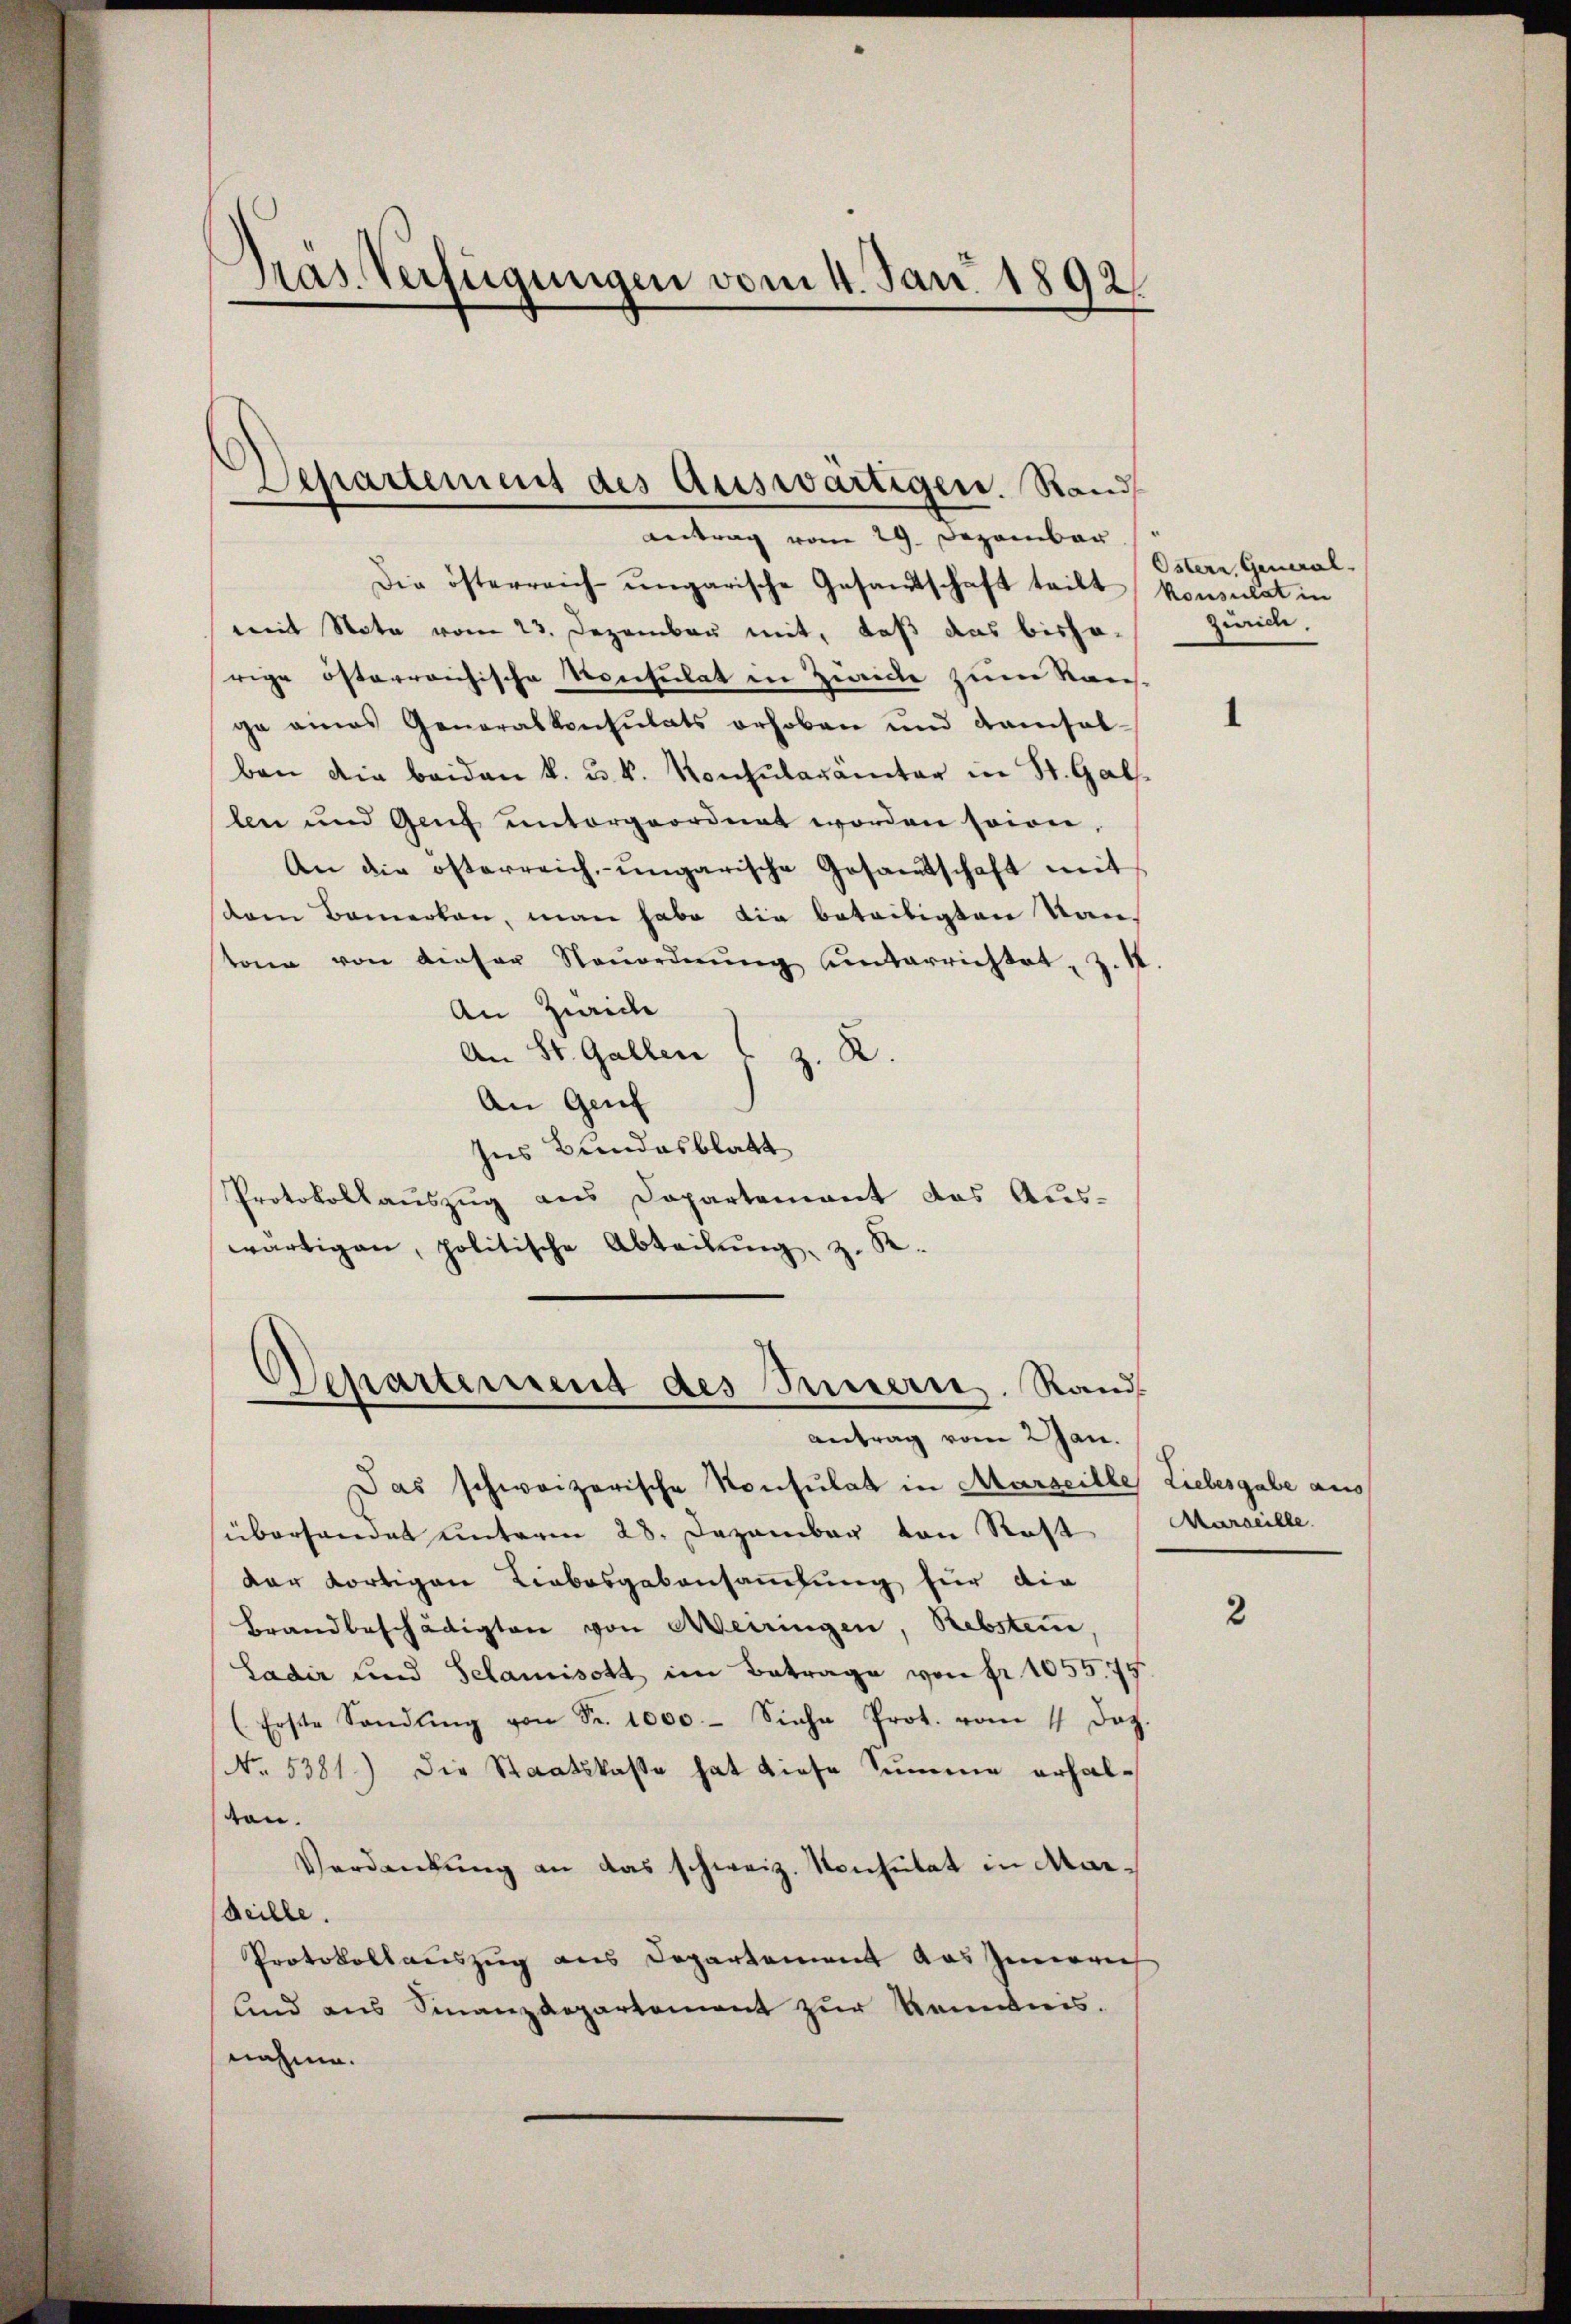
Präs. Verfügungen vom 4. Jan. 1892.

Antrag vom 29. Dezember
Die österreich-ungarische Gesandtschaft teilt, konsulat in
mit Note vom 23. Dezember mit, daß das bishesrige österreichische Konsulat in Zwicke zum Nous-
ge eines Generalkonsulats erhoben und kamsal-
ben die beiden k. u. k. Konsularämter in St. Gal
len und Genf untergeordnet worden soin,
An die österreich-ungarische Gesamtschaft mit
dern Bemerken, man habe die beteiligten Kantone von dieser Neŭordnŭng unterrichtet, z.
An Zürich
An St. Gallen (z. R.
An Genf
Ins Brendesblatt
Protokollauszug aus Dopartement das Auswärtigen, politische Abteilŭng, z. R.

Separtement des Auswärtigen. Rand

Separtement des Innern. Rand
Antrag vom 2 Jan.

Das schweizerische Konsulat in Marseille Liebesgabe aus
überhandet unterm 28. Dezember von Rest
dar dortigen Liebesgabensammlung für die
Brandbeschädigten von Meiringen, Rebsten,
Ladir und Schamisott im Betrage von fr. 1055. 75.
(Erste Sandŭng von Fr. 1000.- Siehe Prot. vom 14. Joh.
No. 5381.) Die Staatskasse hat diese Summe erhalton.
Verdankung an das schweiz. Konsulat in Mar¬
Seille.
Protokollauszug aus Departement das Innern
lnd aus Finanzdepartement zur Kenntnis.
nahme.

Ostern, General-
Zürich.

Marseille.

2